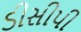
ડીસીપી